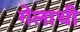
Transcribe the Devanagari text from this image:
गेलाथी